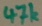
Text: 47k